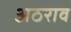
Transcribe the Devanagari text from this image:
अठराव